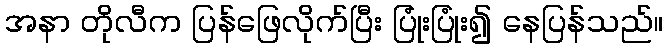
အနာ တိုလီက ပြန်ဖြေလိုက်ပြီး ပြုံးပြုံး၍ နေပြန်သည်။